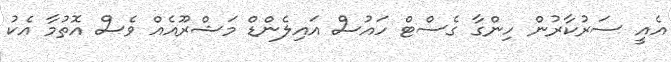
އެއީ ސަރުކާރުން ހިންގާ ގެސްޓް ހައުސް އައިލެންޑް މަޝްރޫއެއް ވެސް އޮތުމާ އެކު